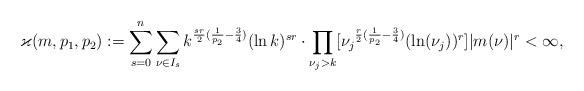
LaTeX: \begin{align*}\varkappa(m,p_1,p_2):=\sum_{s=0}^n\sum_{\nu\in I_s}{k}^{\frac{sr}{2}(\frac{1}{p_2}-\frac{3}{4})}(\ln k)^{sr}\cdot \prod_{\nu_j>k}[{\nu_j}^{\frac{r}{2}(\frac{1}{p_2}-\frac{3}{4})}(\ln(\nu_j))^r]|m(\nu)|^r<\infty,\end{align*}